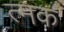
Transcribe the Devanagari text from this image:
त्मक